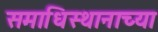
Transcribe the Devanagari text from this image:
समाधिस्थानाच्या